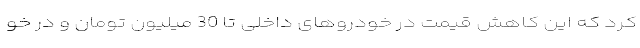
کرد که این کاهش قیمت در خودروهای داخلی تا 30 میلیون تومان و در خو